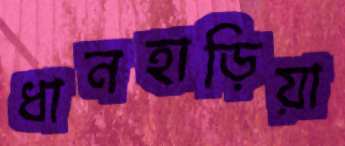
ধানহাড়িয়া